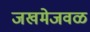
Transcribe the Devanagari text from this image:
जखमेजवळ